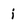
Character: i